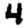
Digit: 4